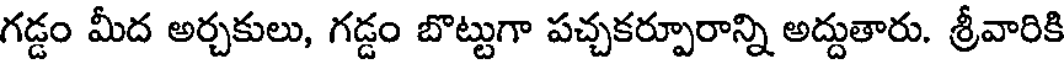
గడ్డం మీద అర్చకులు, గడ్డం బొట్టుగా పచ్చకర్పూరాన్ని అద్దుతారు. శ్రీవారికి